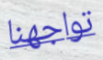
تواجهنا